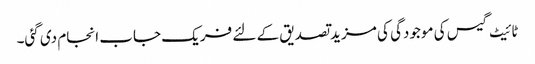
ٹائیٹ گیس کی موجودگی کی مزید تصدیق کے لئے فریک جاب انجام دی گئی۔